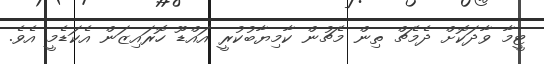
ޓީމާ ވާދަކޮށް ދެމެޗް ތިން މެޗުން ކާމިޔާބުކުރީ އައްޑޫ ހޮރައިޒަން އެކަޑެމީ އެވެ.